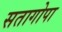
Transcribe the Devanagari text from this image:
सतागोपा